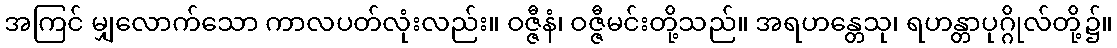
အကြင် မျှလောက်သော ကာလပတ်လုံးလည်း။ ဝဇ္ဇီနံ၊ ဝဇ္ဇီမင်းတို့သည်။ အရဟန္တေသု၊ ရဟန္တာပုဂ္ဂိုလ်တို့၌။